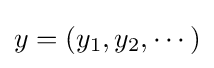
y=(y_{1},y_{2},\cdots )